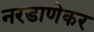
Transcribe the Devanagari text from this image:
नरडाणेकर